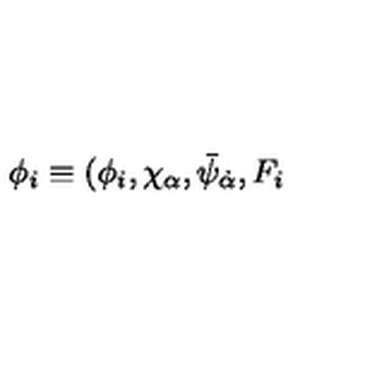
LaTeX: \phi _ { i } \equiv ( \phi _ { i } , \chi _ { \alpha } , \bar { \psi } _ { \dot { \alpha } } , F _ { i }